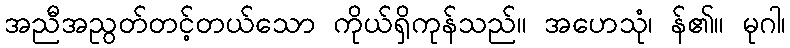
အညီအညွတ်တင့်တယ်သော ကိုယ်ရှိကုန်သည်။ အဟေသုံ၊ န်၏။ မုဂါ၊